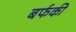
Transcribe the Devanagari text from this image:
बर्फकी